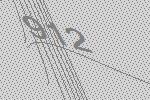
912